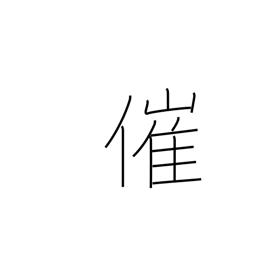
Meaning: sponsor